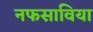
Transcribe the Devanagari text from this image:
नफसाविया